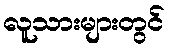
လူသားများတွင်